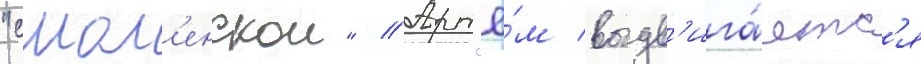
"смол'енскои" // Арт'ё́м выдв'ига́етс'я